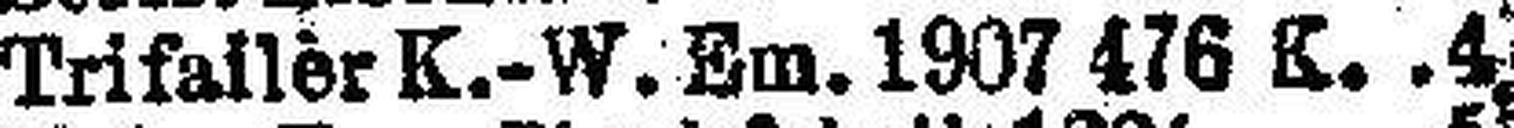
Trifaller-K.-W. Em. 1907 476 K. 4